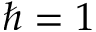
\hbar = 1